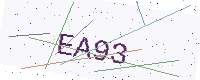
Text: EA93